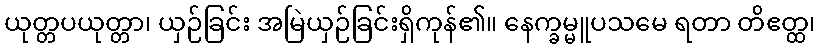
ယုတ္တပယုတ္တာ၊ ယှဉ်ခြင်း အမြဲယှဉ်ခြင်းရှိကုန်၏။ နေက္ခမ္မူပသမေ ရတာ တိဧတ္ထ၊